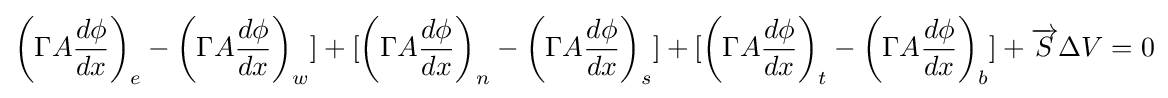
\left(\Gamma A{\frac {d\phi }{dx}}\right)_{e}-\left(\Gamma A{\frac {d\phi }{dx}}\right)_{w}]+[\left(\Gamma A{\frac {d\phi }{dx}}\right)_{n}-\left(\Gamma A{\frac {d\phi }{dx}}\right)_{s}]+[\left(\Gamma A{\frac {d\phi }{dx}}\right)_{t}-\left(\Gamma A{\frac {d\phi }{dx}}\right)_{b}]+{\overrightarrow {S}}\Delta V=0